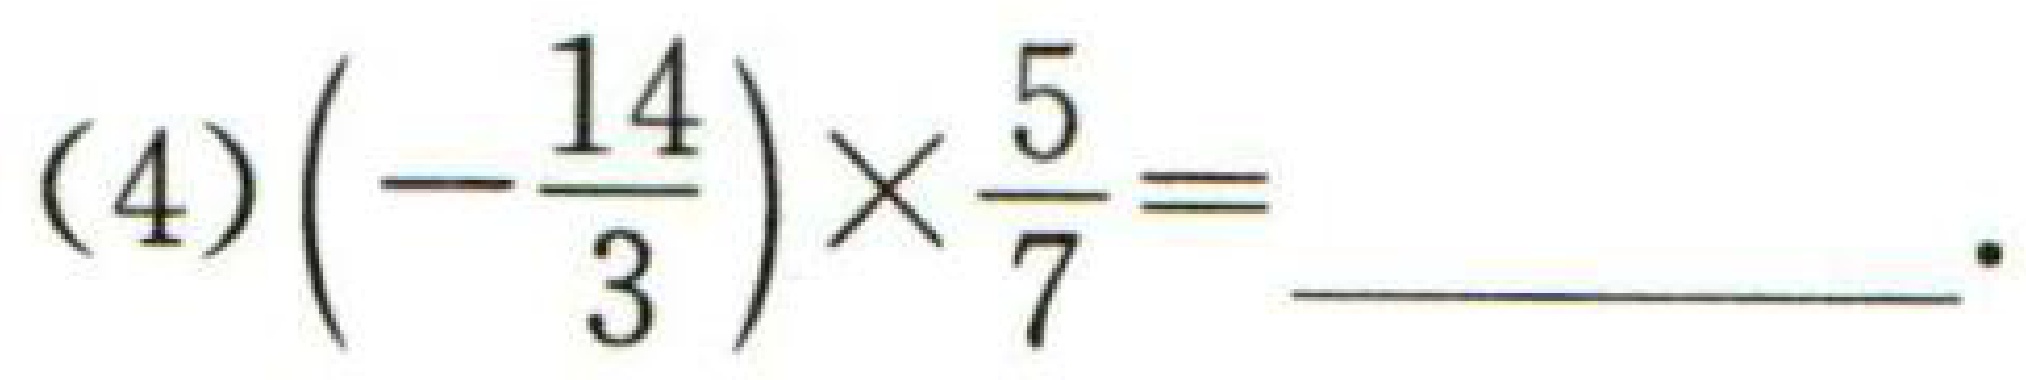
$(4)\left(-\dfrac{14}{3}\right)\times\dfrac{5}{7}=$___